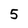
Character: 5